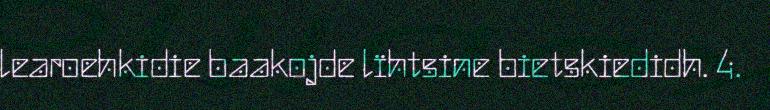
learoehkidie baakojde lïhtsine bietskiedidh. 4.